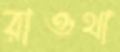
রাওথা